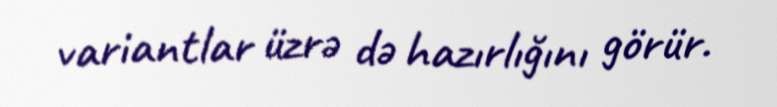
variantlar üzrə də hazırlığını görür.